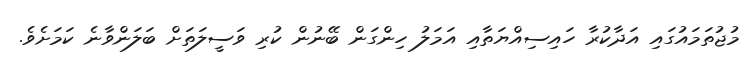
މުޖުތަމައުގައި އަދާކުރާ ހައިސިއްޔަތާއި އަމަލު ހިންގަން ބޭނުން ކުރި ވަސީލަަތަށް ބަލަންވާނެ ކަމަށެވެ.